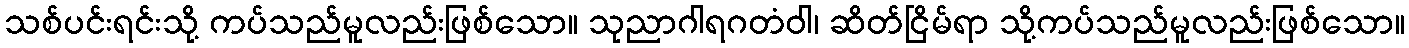
သစ်ပင်းရင်းသို့ ကပ်သည်မူလည်းဖြစ်သော။ သုညာဂါရဂတံဝါ၊ ဆိတ်ငြိမ်ရာ သို့ကပ်သည်မူလည်းဖြစ်သော။